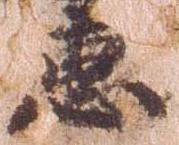
恵